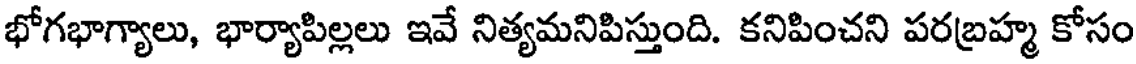
భోగభాగ్యాలు, భార్యాపిల్లలు ఇవే నిత్యమనిపిస్తుంది. కనిపించని పరబ్రహ్మ కోసం